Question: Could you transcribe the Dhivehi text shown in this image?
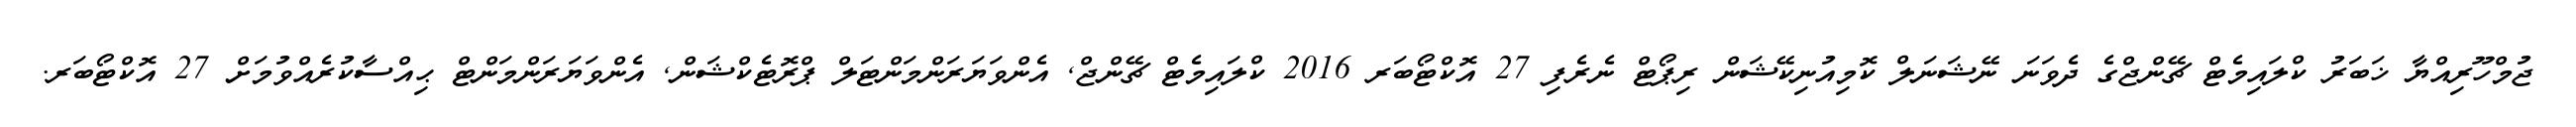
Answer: ޖުމްހޫރިއްޔާ ޚަބަރު ކްލައިމެޓް ޗޭންޖްގެ ދެވަނަ ނޭޝަނަލް ކޮމިއުނިކޭޝަން ރިޕޯޓް ނެރެފި 27 އޮކްޓޯބަރ 2016 ކްލައިމެޓް ޗޭންޖް, އެންވަޔަރަންމަންޓަލް ޕްރޮޓެކްޝަން, އެންވަޔަރަންމަންޓް ޙިއްސާކުރެއްވުމަށް 27 އޮކްޓޯބަރ.